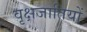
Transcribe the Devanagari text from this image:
वृक्षजातियों